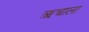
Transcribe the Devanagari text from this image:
ऋचाला